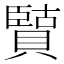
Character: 𫎡